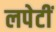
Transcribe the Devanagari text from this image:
लपेटीं